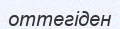
оттегіден